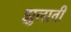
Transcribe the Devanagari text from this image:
झुलाती